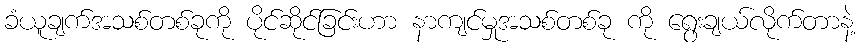
ခံယူချက်အသစ်တစ်ခုကို ပိုင်ဆိုင်ခြင်းဟာ နာကျင်မှုအသစ်တစ်ခု ကို ရွေးချယ်လိုက်တာနဲ့